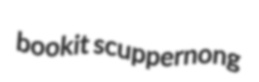
bookit scuppernong